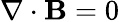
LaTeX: \mathbf{\nabla}\cdot\mathbf{B}=0